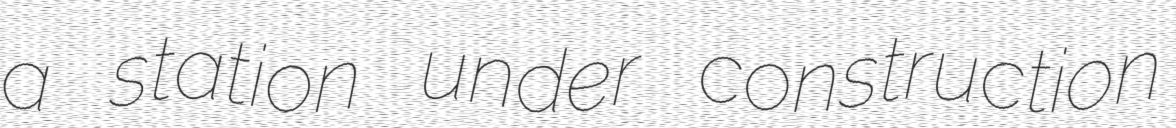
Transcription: a station under construction